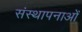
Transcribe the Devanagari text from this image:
संस्‍थापनाओं